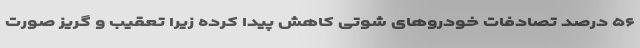
۵۶ درصد تصادفات خودروهای شوتی کاهش پیدا کرده زیرا تعقیب و گریز صورت